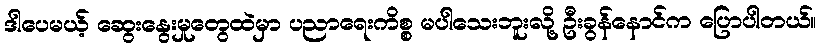
ဒါပေမယ့် ဆွေးနွေးမှုတွေထဲမှာ ပညာရေးကိစ္စ မပါသေးဘူးလို့ ဦးခွန်နောင်က ပြောပါတယ်။